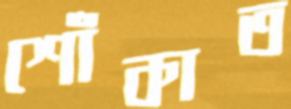
শোঁকাত